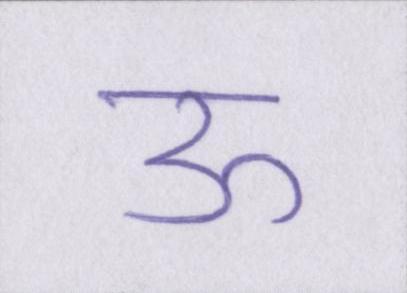
ऊ